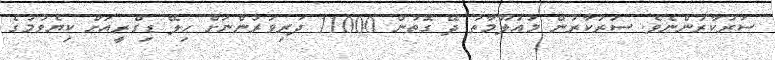
ސަރުކާރުންނެވެ. ސަރުކާރުން މައުލޫމާތު ދޭ ގޮތުން 11000 ދަރިވަރުންނަށް ހިލޭ ޑިގްރީއަށް ކިޔެވުމުގެ